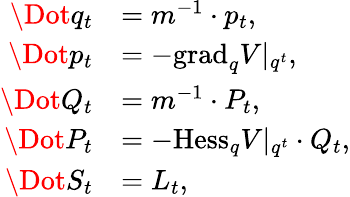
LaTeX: \begin{array}{rl}{\Dot{q}_{t}}&{=m^{-1}\cdot p_{t},}\\ {\Dot{p}_{t}}&{=-\mathrm{grad}_{q}V|_{q^{t}},}\\ {\Dot{Q}_{t}}&{=m^{-1}\cdot P_{t},}\\ {\Dot{P}_{t}}&{=-\mathrm{Hess}_{q}V|_{q^{t}}\cdot Q_{t},}\\ {\Dot{S}_{t}}&{=L_{t},}\end{array}